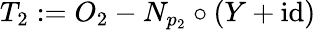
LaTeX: T_{2}:=O_{2}-N_{p_{2}}\circ(Y+\mathrm{id})